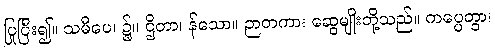
ပြုပြီး၍။ သမီပေ၊ ၌။ ဌိတာ၊ န်သော။ ဉာတကာ၊ ဆွေမျိုးတို့သည်။ ကပ္ပေတွာ၊